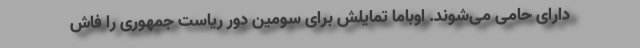
دارای حامی می‌شوند. اوباما تمایلش برای سومین دور ریاست جمهوری را فاش